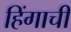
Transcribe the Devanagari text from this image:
हिंगाची